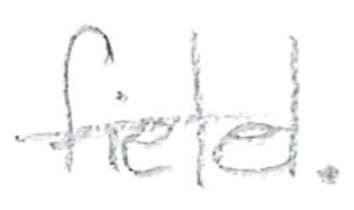
Text: field.
Cross-out: single-line
Writing tool: pencil